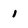
Character: i